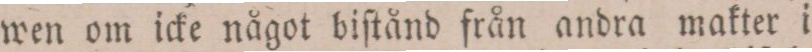
wen om icke något biſtånd från andra makter i